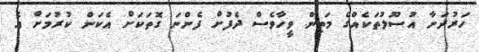
ހަރުދަނާ އުސޫލުތަކެއްގެ މަތިން ވީހާވެސް ދެފުށް ފެންނަ ގޮތަކަށް އެކަން ކުރުމަށް އެ